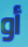
أو